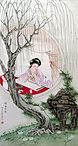
提笼忘采叶，昨夜梦渔阳。